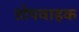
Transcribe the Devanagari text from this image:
तोपवाहक